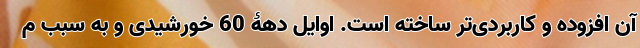
آن افزوده و کاربردی‌تر ساخته است. اوایل دهۀ 60 خورشیدی و به سبب م